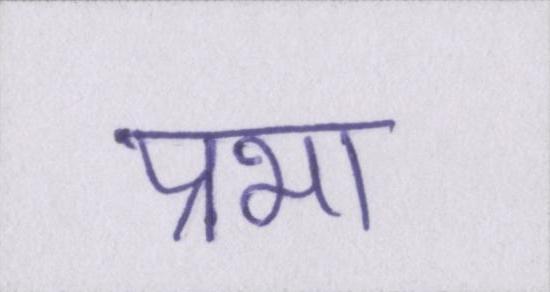
प्रभा